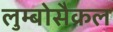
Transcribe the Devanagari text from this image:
लुम्बोसैक्रल